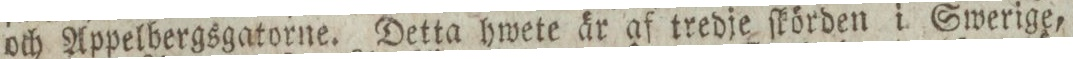
och Appelbergsgatorne. Detta hwete är af tredje ſkörden i Swerige,